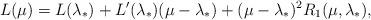
LaTeX: \begin{align*}L(\mu)=L(\lambda_{*})+L^{\prime}(\lambda_{*})(\mu-\lambda_{*})+(\mu-\lambda_{*})^{2}R_1(\mu,\lambda_{*}),\end{align*}